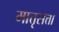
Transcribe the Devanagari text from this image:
मात्तृसत्ता